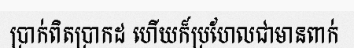
ប្រាក់ពិតប្រាកដ ហើយក៏ប្រហែលជាមានពាក់